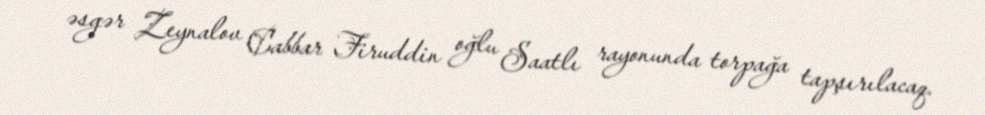
əsgər Zeynalov Cabbar Firuddin oğlu Saatlı rayonunda torpağa tapşırılacaq.